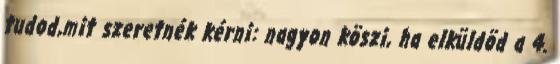
tudod,mit szeretnék kérni: nagyon köszi, ha elküldöd a 4.